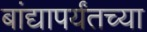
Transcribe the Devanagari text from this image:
बांद्यापर्यंतच्या